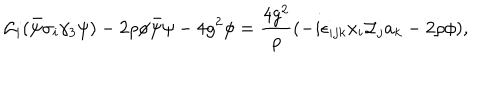
{ \cal L } _ { i } ( \bar { \psi } \sigma _ { i } \gamma _ { 3 } \psi ) - 2 \rho \phi \bar { \psi } \psi - 4 g ^ { 2 } \phi = \frac { 4 g ^ { 2 } } { \rho } ( - i \epsilon _ { i j k } x _ { i } { \cal L } _ { j } a _ { k } - 2 \rho \phi ) ,